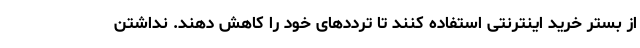
از بستر خرید اینترنتی استفاده کنند تا ترددهای خود را کاهش دهند. نداشتن